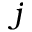
j